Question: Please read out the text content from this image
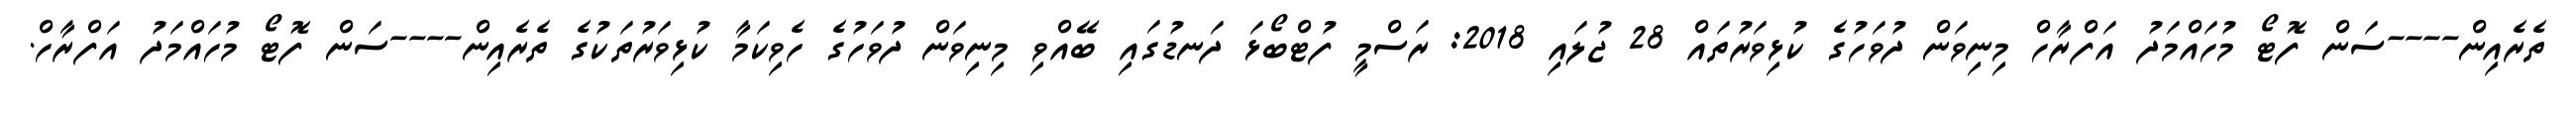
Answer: ތެރެއިން----ސަން ފޮޓޯ މުހައްމަދު އަފްރާހް މިނިވަން ދުވަހުގެ ކުޅިވަރުތައް 28 ޖުލައި 2018: ރަސްމީ ފުޓްބޯޅަ ދަނޑުގައި ބޭއްވި މިނިވަން ދުވަހުގެ ހެވިކަމާ ކުޅިވަރުތަކުގެ ތެރެއިން----ސަން ފޮޓޯ މުހައްމަދު އަފްރާހް.